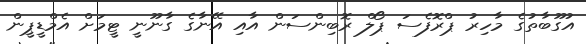
އުގޫބާތުގެ މާހިރު ޕްރޮފެސަ ޕޯލް ރޮބިންސަން އާއި އޭނާގެ ގާނޫނީ ޓީމަށް އެމްޑީޕީން